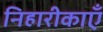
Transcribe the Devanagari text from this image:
निहारीकाएँ